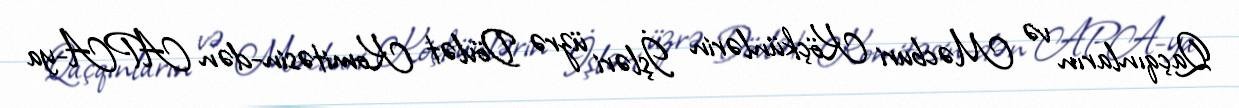
Qaçqınların və Məcburi Köçkünlərin İşləri üzrə Dövlət Komitəsin-dən APA-ya